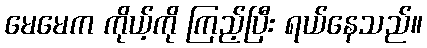
မေမေက ကိုယ့်ကို ကြည့်ပြီး ရယ်နေသည်။